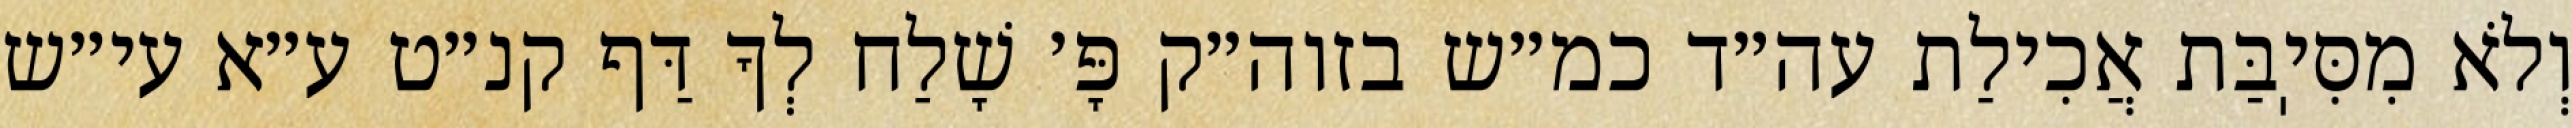
וְלֹא מִסִּיֽבַּת אֲכִילַת עה״ד כמ״ש בזוה״ק פָּ׳ שָׁלַח לְךָ דַּף קנ״ט ע״א עי״ש